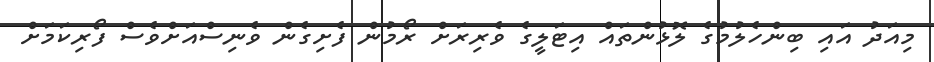
މިއަދު އައި ބިންހެލުމުގެ ލޮޅުންތައް އިޓަލީގެ ވެރިރަށް ރޯމުން ފެށިގެން ވެނިސްއަށްވެސް ފޯރިކަމަށް